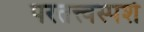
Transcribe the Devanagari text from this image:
परतत्त्वस्पर्श